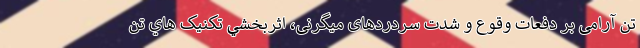
تن آرامی بر دفعات وقوع و شدت سردردهای میگرنی، اثربخشي تکنيک هاي تن